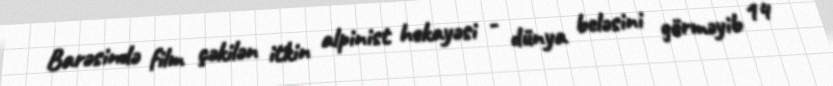
Barəsində film çəkilən itkin alpinist hekayəsi - dünya beləsini görməyib 14